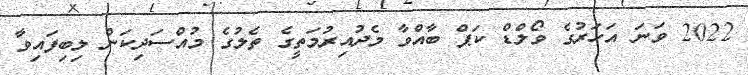
2022 ވަނަ އަހަރުގެ ވޯލްޑް ކަޕް ބާއްވާ މެދުއިރުމަތީގެ ތެލުގެ މުއްސަދިކަން ލިބިފައިވާ